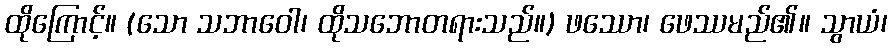
ထိုကြောင့်။ (သော သဘာဝေါ၊ ထိုသဘောတရားသည်။) ဖဿော၊ ဖေဿမည်၏။ သွာယံ၊